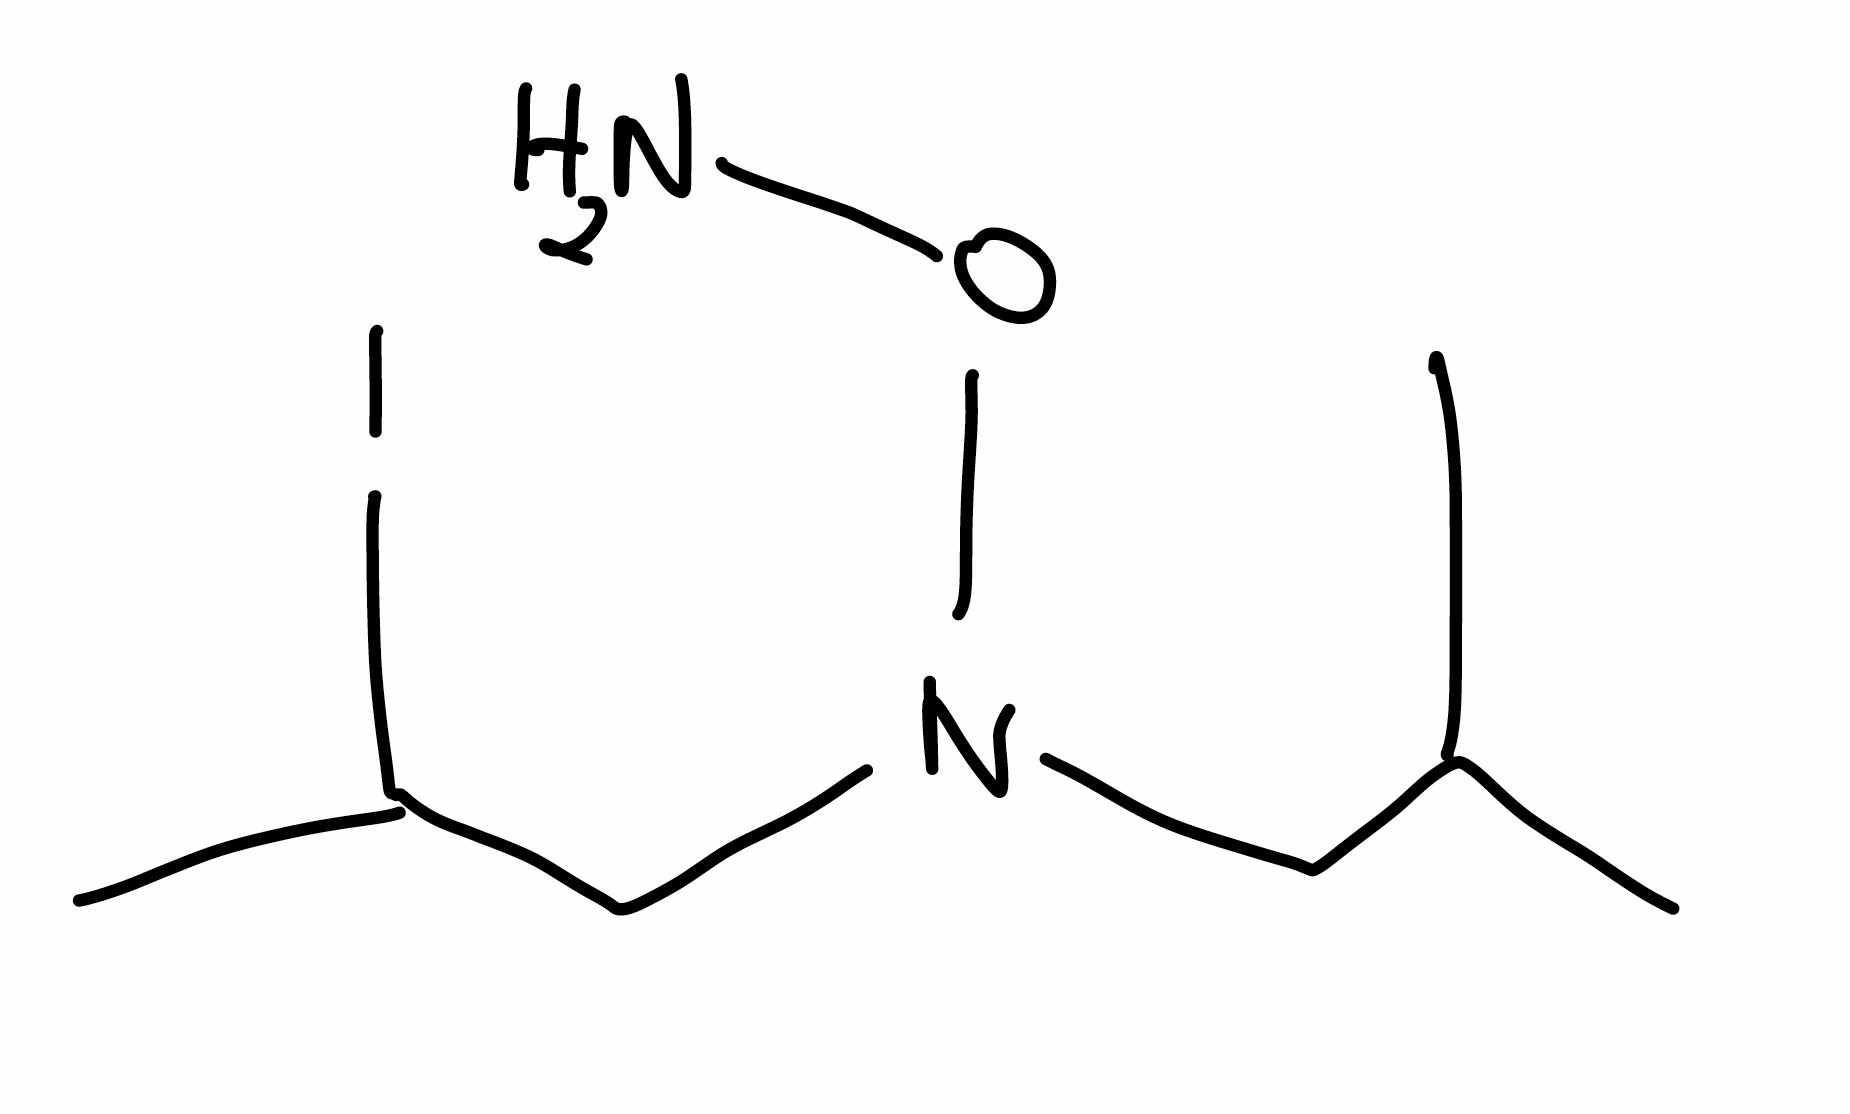
Simplified molecular-input line-entry system (SMILES) notation of the given molecule:
CC(C)CN(CC(C)I)ON